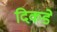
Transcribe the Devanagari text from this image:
दिकडे